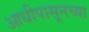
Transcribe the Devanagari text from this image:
आधीपासूनच्या